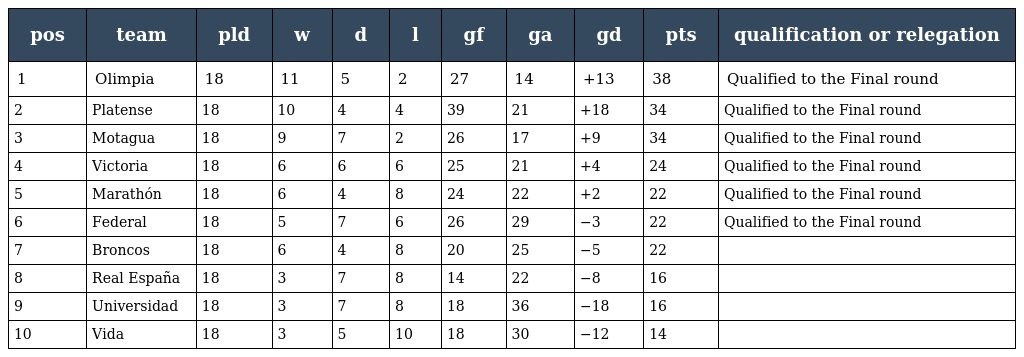
| pos | team | pld | w | d | l | gf | ga | gd | pts | qualification or relegation |
 | --- | --- | --- | --- | --- | --- | --- | --- | --- | --- | --- |
 | 1 | Olimpia | 18 | 11 | 5 | 2 | 27 | 14 | +13 | 38 | Qualified to the Final round |
 | 2 | Platense | 18 | 10 | 4 | 4 | 39 | 21 | +18 | 34 | Qualified to the Final round |
 | 3 | Motagua | 18 | 9 | 7 | 2 | 26 | 17 | +9 | 34 | Qualified to the Final round |
 | 4 | Victoria | 18 | 6 | 6 | 6 | 25 | 21 | +4 | 24 | Qualified to the Final round |
 | 5 | Marathón | 18 | 6 | 4 | 8 | 24 | 22 | +2 | 22 | Qualified to the Final round |
 | 6 | Federal | 18 | 5 | 7 | 6 | 26 | 29 | −3 | 22 | Qualified to the Final round |
 | 7 | Broncos | 18 | 6 | 4 | 8 | 20 | 25 | −5 | 22 |  |
 | 8 | Real España | 18 | 3 | 7 | 8 | 14 | 22 | −8 | 16 |  |
 | 9 | Universidad | 18 | 3 | 7 | 8 | 18 | 36 | −18 | 16 |  |
 | 10 | Vida | 18 | 3 | 5 | 10 | 18 | 30 | −12 | 14 |  |